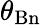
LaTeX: \theta_{\mathrm{Bn}}